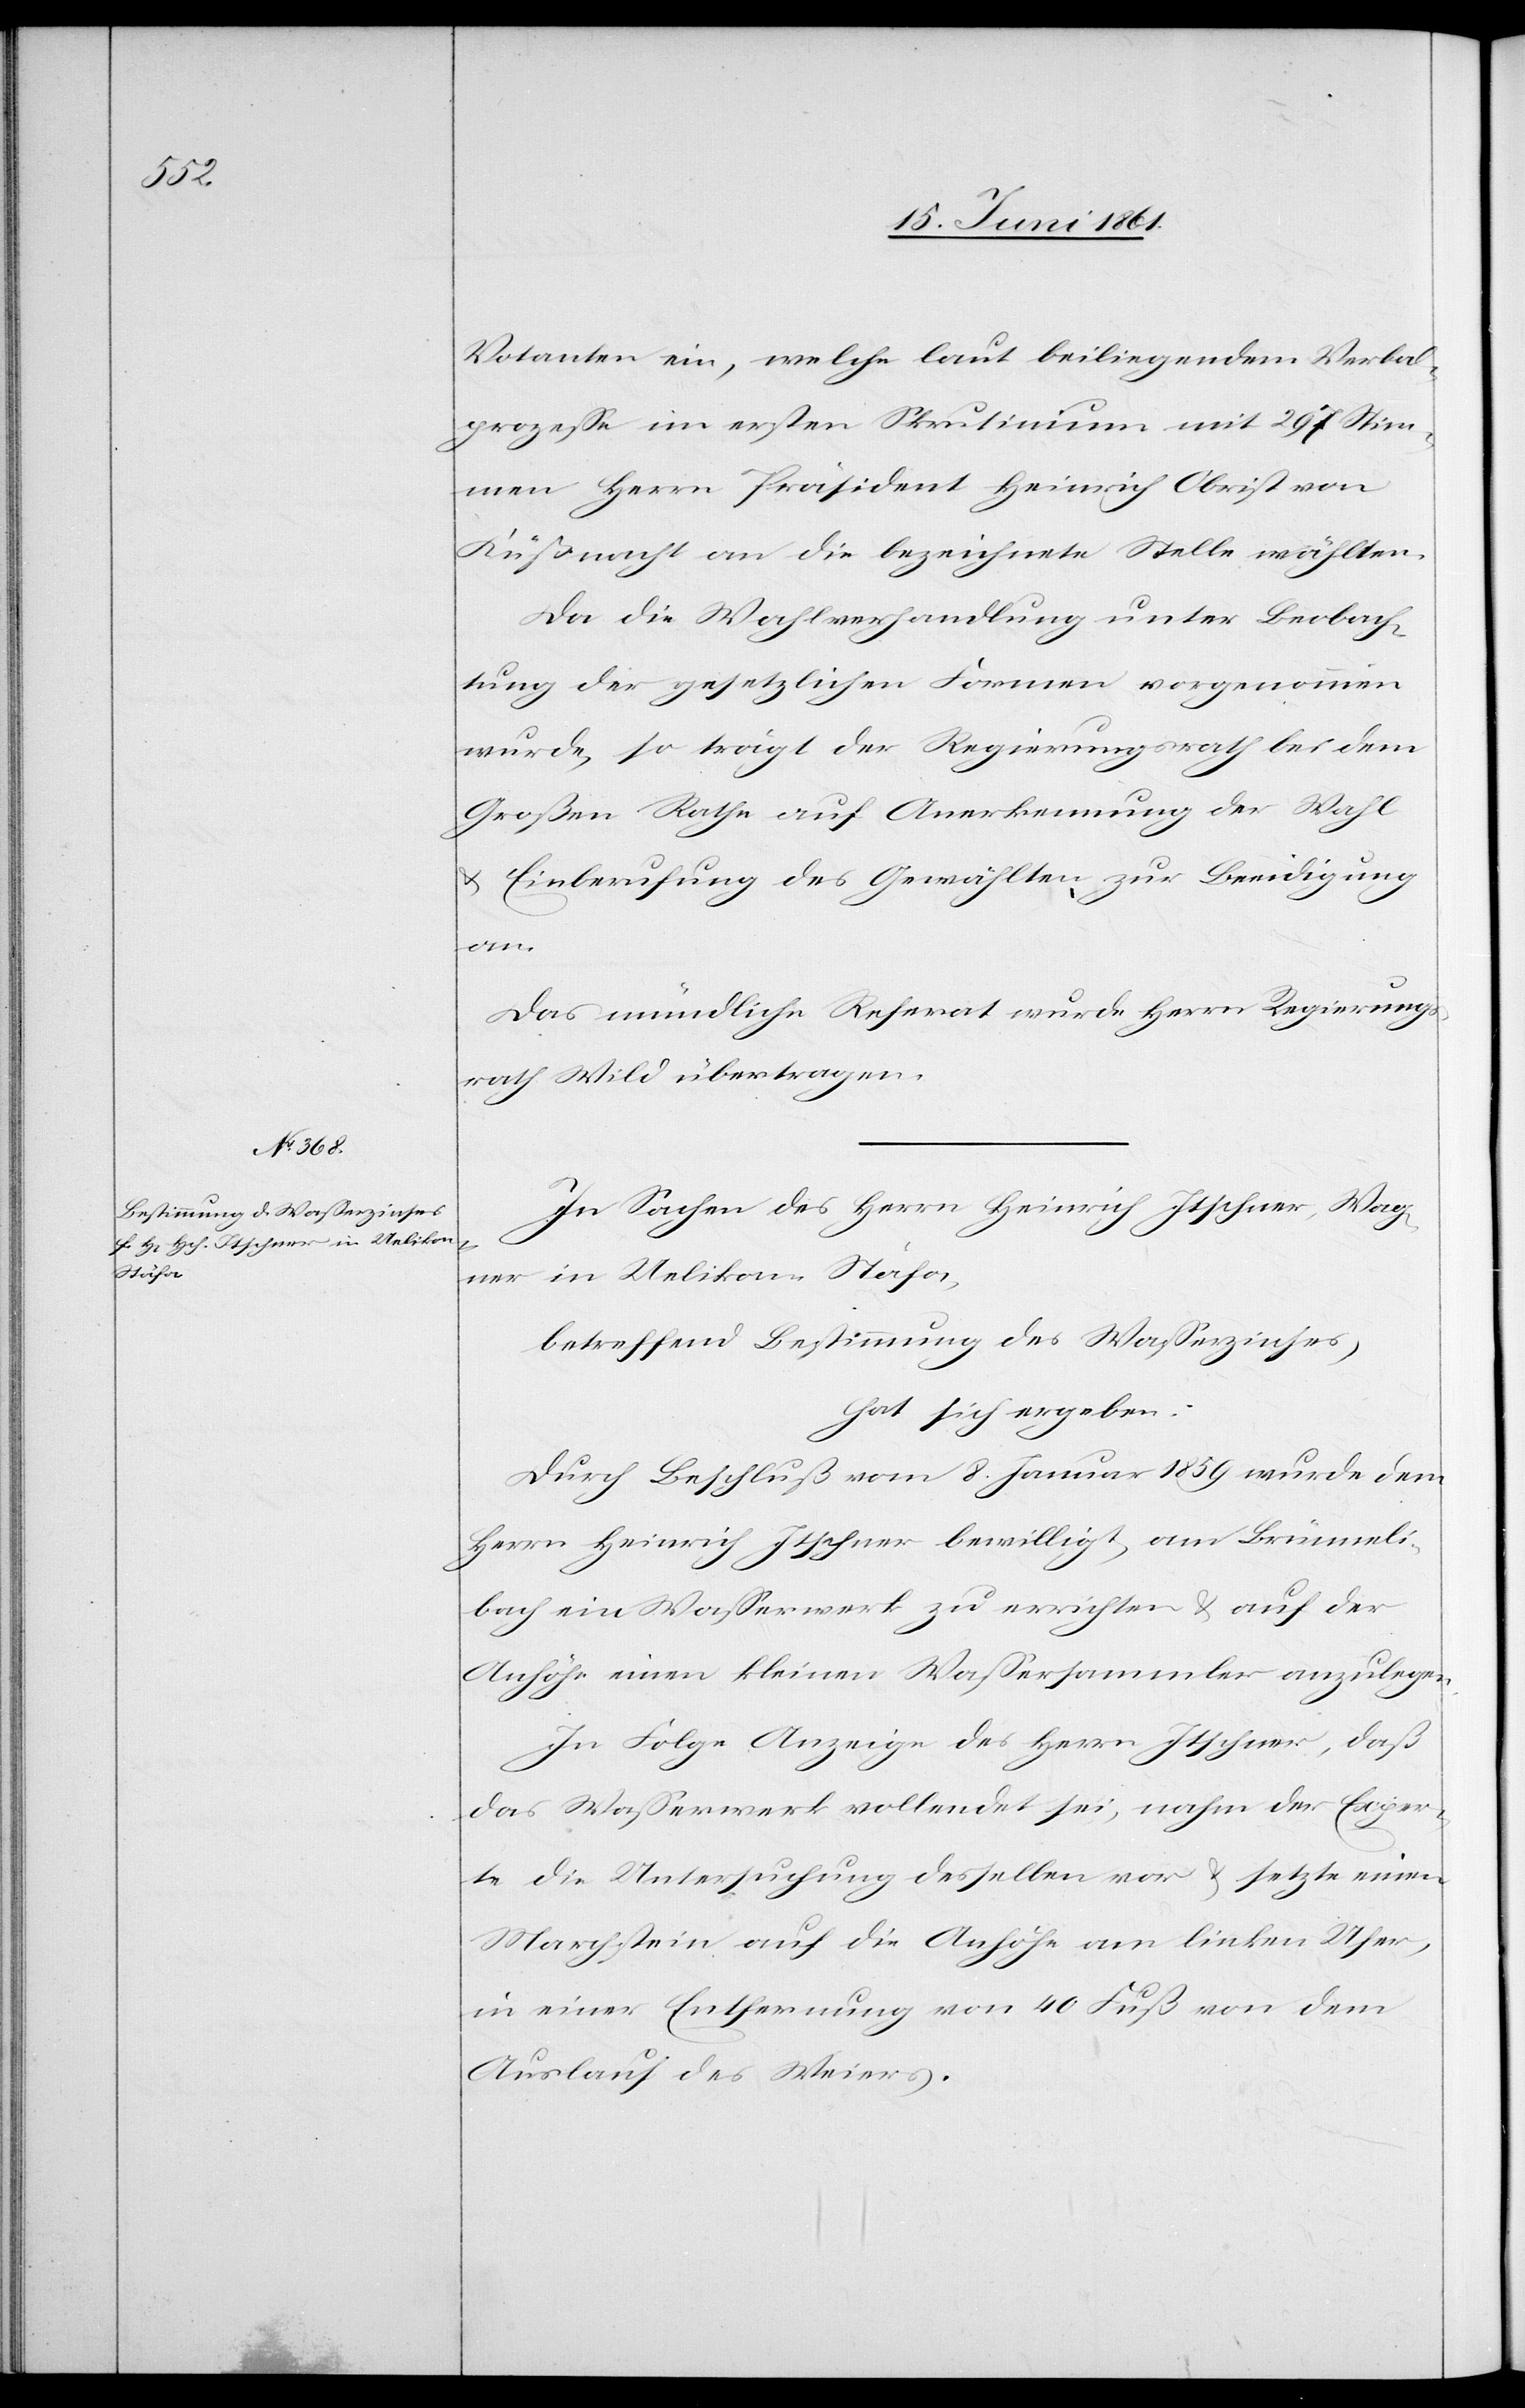
Votanten ein, welche laut beiliegendem Verbal¬
prozesse im ersten Skrutinium mit 297 Stim¬
men Herrn Präsident Heinrich Obrist von
Küßnacht an die bezeichnete Stelle wählten.
Da die Wahlverhandlung unter Beobach¬
tung der gesetzlichen Formen vorgenommen
wurde, so trägt der Regierungsrath bei dem
Großen Rahe auf Anerkennung der Wahl
u. Einberufung des Gewählten zur Beeidigung
an.
Das mündliche Referat wurde Herrn Regierungs¬
rath Wild übertragen.
In Sachen des Herrn Heinrich Itschner, Wag¬
ner in Uelikon-Stäfa,
betreffend Bestimmung des Wasserzinses,
hat sich ergeben:
Durch Beschluß vom 8. Januar 1859 wurde dem
Herrn Heinrich Itschner bewilligt, am Brünneli¬
bach ein Wasserwerk zu errichten u. auf der
Anhöhe einen kleinen Wassersammler anzulegen.
In Folge Anzeige des Herrn Itschner, daß
das Wasserwerk vollendet sei, nahm der Exper¬
te die Untersuchung desselben vor u. setzte einen
Marchstein auf die Anhöhe am linken Ufer,
in einer Entfernung von 40 Fuß von dem
Auslauf des Weiers.